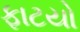
ફાટયો